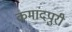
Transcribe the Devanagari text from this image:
कमांदपुरी